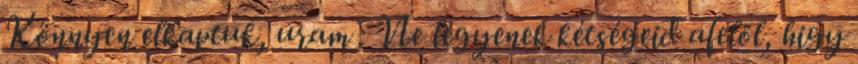
Könnyen elkaptuk, uram : Ne legyenek kétségeid afelől, higy